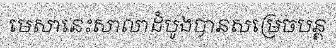
មេសានេះសាលាដំបូងបានសម្រេចបន្ត